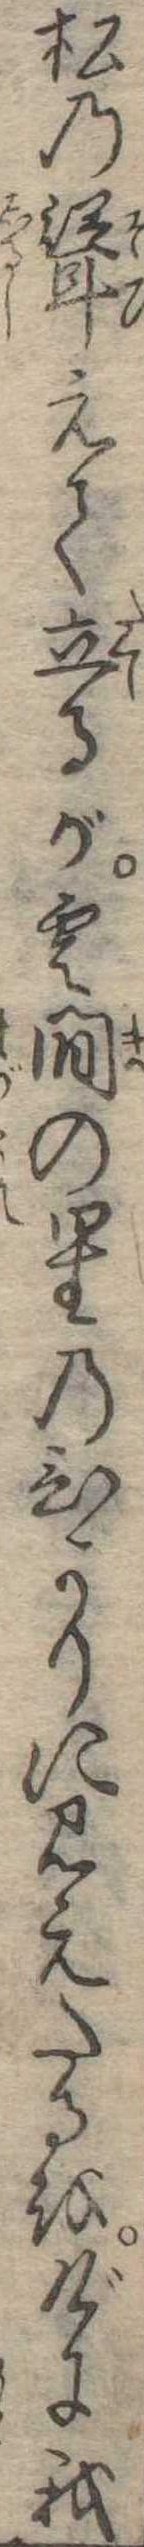
松の聳えて立るが雲間の星のひかりに見えたるをげに我